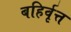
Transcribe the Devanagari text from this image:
बहिर्वृत्त